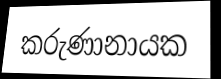
කරුණානායක